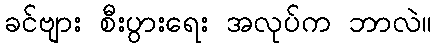
ခင်ဗျား စီးပွားရေး အလုပ်က ဘာလဲ။